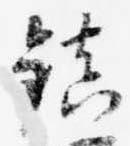
鎮